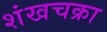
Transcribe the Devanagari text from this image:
शंखचक्रा